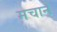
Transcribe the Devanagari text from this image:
मचानें